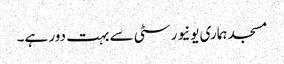
مسجد ہماری یونیورسٹی سے بہت دور ہے۔